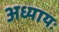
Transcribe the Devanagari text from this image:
अध्यायः